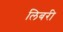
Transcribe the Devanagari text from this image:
लिबरी